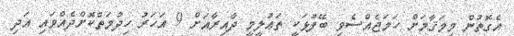
އެގޮތުން މިމަޤާމަށް ހަމަޖެއްސެވި ބޭފުޅަކީ ތަޢުލީމީ ދާއިރާއަށް 9 އަހަރު ހިދުމަތްކޮށްދެއްވައި އަދި